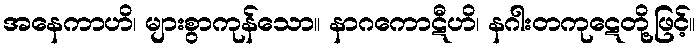
အနေကာဟိ၊ များစွာကုန်သော။ နာဂကောဋီဟိ၊ နဂါးတကုဋေတို့ဖြင့်။